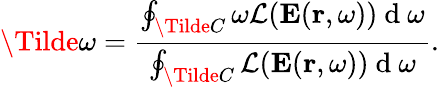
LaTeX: \Tilde{\omega}=\frac{\oint_{\Tilde{C}}\omega\mathcal{L}(\mathbf{E}(\mathbf{r},\omega))\mathrm{~d~}\omega}{\oint_{\Tilde{C}}\mathcal{L}(\mathbf{E}(\mathbf{r},\omega))\mathrm{~d~}\omega}.